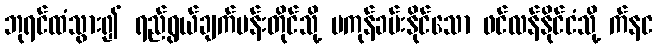
ဘုရင်ထံသွား၍ ရည်ရွယ်ချက်ပန်းတိုင်သို့ မကုန်ခမ်းနိုင်သော ဖင်လန်နိုင်ငံသို့ က်နင